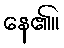
နေ၏။